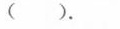
( )。